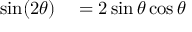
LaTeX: \begin{array} { r l } { \sin ( 2 \theta ) } & { { } = 2 \sin \theta \cos \theta \ } \end{array}